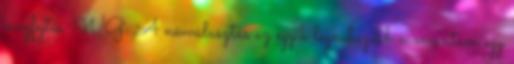
megfejtés. WG: A névválasztás az egyik legnehezebb momentum egy